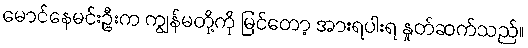
မောင်နေမင်းဦးက ကျွန်မတို့ကို မြင်တော့ အားရပါးရ နှုတ်ဆက်သည်။